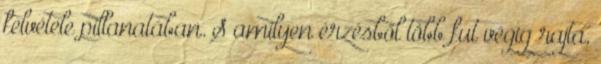
felvétele pillanatában. S amilyen érzésből több fut végig rajta,